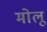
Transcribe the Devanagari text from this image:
मोलू